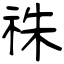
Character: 祩